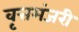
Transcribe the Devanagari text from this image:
वृत्तमंजरी